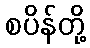
စပိန်တို့